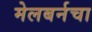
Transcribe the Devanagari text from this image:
मेलबर्नचा